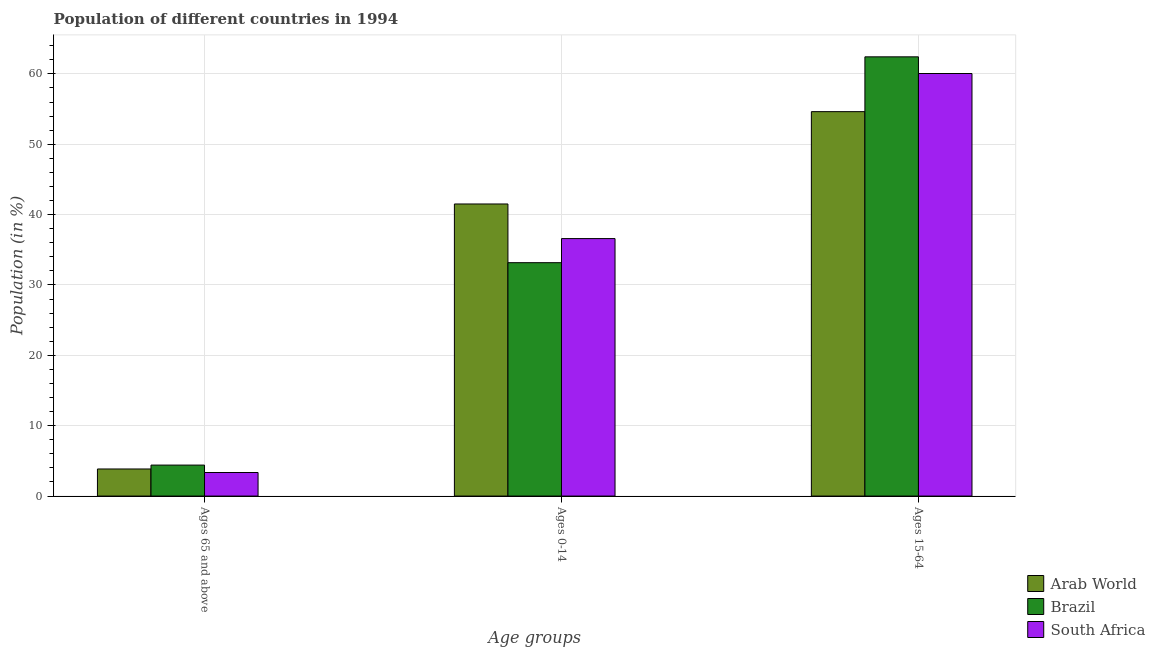
| Age groups | Arab World | Brazil | South Africa |
 | --- | --- | --- | --- |
 | Ages 65 and above | 3.85 | 4.4 | 3.35 |
 | Ages 0-14 | 41.5 | 33.2 | 36.6 |
 | Ages 15-64 | 54.6 | 62.4 | 60.1 |